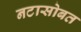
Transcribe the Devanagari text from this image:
नटासोबत